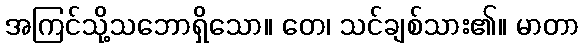
အကြင်သို့သဘောရှိသော။ တေ၊ သင်ချစ်သား၏။ မာတာ